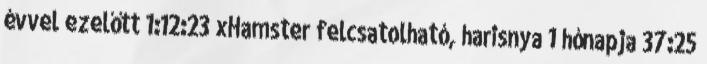
évvel ezelőtt 1:12:23 xHamster felcsatolható, harisnya 1 hónapja 37:25